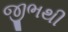
જીભથી